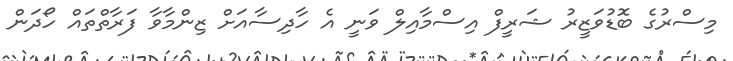
މިސްރުގެ ބޮޑުވަޒީރު ޝަރީފް އިސްމާއިލް ވަނީ އެ ހާދިސާއަށް ޒިންމާވާ ފަރާތްތައް ހޯދަން